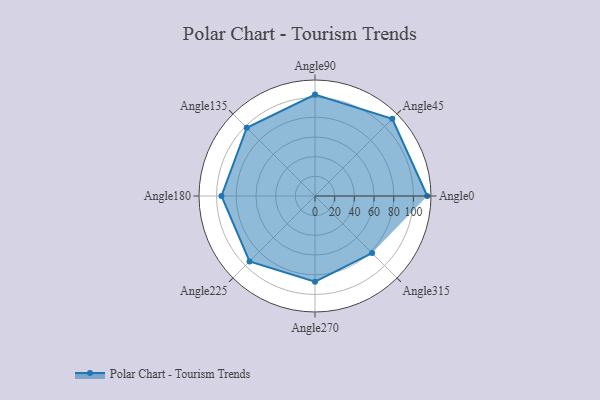
{"axis": {"x": "Angle", "y": "Radius"}, "legend": [""], "data": [{"x": "Angle0", "y": 114.0, "type": ""}, {"x": "Angle45", "y": 111.0, "type": ""}, {"x": "Angle90", "y": 103.0, "type": ""}, {"x": "Angle135", "y": 98.0, "type": ""}, {"x": "Angle180", "y": 95.0, "type": ""}, {"x": "Angle225", "y": 94.0, "type": ""}, {"x": "Angle270", "y": 87.0, "type": ""}, {"x": "Angle315", "y": 82.0, "type": ""}]}